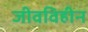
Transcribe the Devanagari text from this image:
जीवविहीन